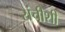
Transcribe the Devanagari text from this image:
रांचीशी